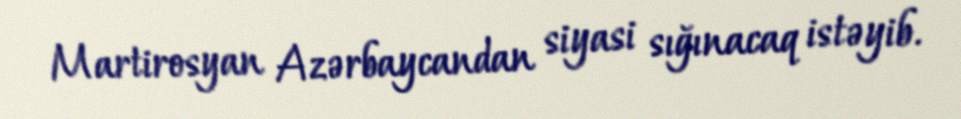
Martirosyan Azərbaycandan siyasi sığınacaq istəyib.